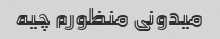
میدونی منظورم چیه